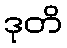
ဒုတိ